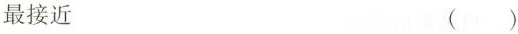
最接近 ( )